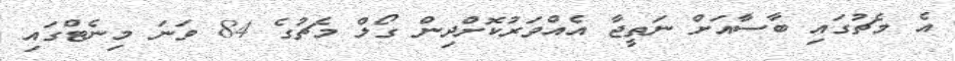
އެ މެޗުގައި ބާސާއަށް ނަތީޖާ އެއްވަރުކޮށްދިން ގޯލް މެޗުގެ 84 ވަނަ މިނެޓްގައި